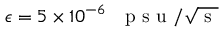
\epsilon = 5 \times 1 0 ^ { - 6 } \mathrm { ~ ~ ~ p ~ s ~ u ~ } / \sqrt { \mathrm { ~ s ~ } }